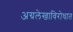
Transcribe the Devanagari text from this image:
अग्रलेखाविरोधात